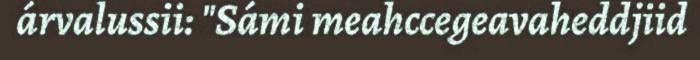
árvalussii: "Sámi meahccegeavaheddjiid